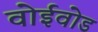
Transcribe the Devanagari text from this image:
वोईवोड